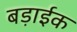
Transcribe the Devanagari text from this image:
बड़ाईक